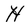
Character: H